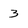
Character: 3